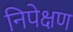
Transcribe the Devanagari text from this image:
निपेक्षण